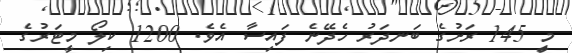
މިީ 145 ރަށުގެ ބަނދަރު ހެދޭނެ ފައިސާ އެވެ. 1200 ކިލޯ މީޓަރުގެ